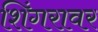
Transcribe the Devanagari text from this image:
शिंगरावर